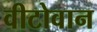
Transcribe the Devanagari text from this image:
वीटोवान